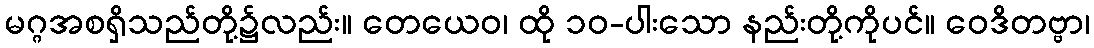
မဂ္ဂအစရှိသည်တို့၌လည်း။ တေယေဝ၊ ထို ၁၀-ပါးသော နည်းတို့ကိုပင်။ ဝေဒိတဗ္ဗာ၊